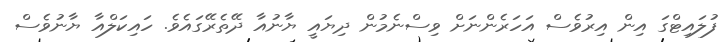
ފުލައިޓްގަ އިން އިރުވެސް އަހަރެންނަށް ވިސްނެމުން ދިޔައީ ޔާނުއާ ދޭތެރޭގައެވެ. ހައިކަލްއާ ޔާނުވެސް